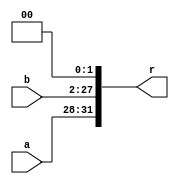
module II(
    input   [3:0]   a,
    input   [25:0]  b,
    output  [31:0]  r
    );
    assign r={a,b,2'b0};
endmodule